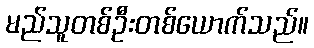
မည်သူတစ်ဦးတစ်ယောက်သည်။